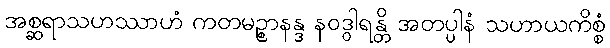
အစ္ဆရာသဟဿာဟံ ကတမဉ္စာနန္ဒ နဝဒွါရန္တိ အတပ္ပါနံ သဟာယကိစ္စံ